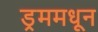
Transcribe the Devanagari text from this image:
ड्रममधून